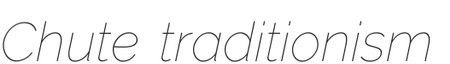
Chute traditionism